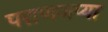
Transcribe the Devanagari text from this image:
पराणजप्या